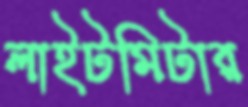
লাইটমিটার